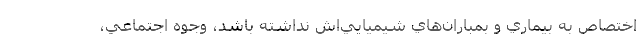
اختصاص به بيماري و بمباران‌هاي شيميايي‌اش نداشته باشد، وجوه اجتماعي،